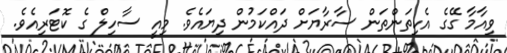
ވިއާމާ ގޭގެ އެކިތަންތަން ސާރާޔަށް ދައްކަމުން ދިޔައެވެ. މިއީ ސާހިލް ގެ ކޮޓަރިއެވެ.